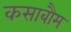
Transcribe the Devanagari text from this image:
कसाबौम